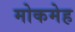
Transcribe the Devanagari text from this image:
मोकमेह